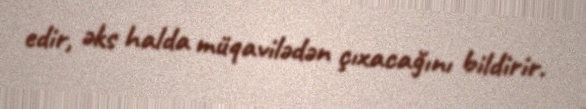
edir, əks halda müqavilədən çıxacağını bildirir.